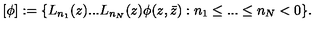
\lbrack \phi ] : = \{ L _ { n _ { 1 } } ( z ) . . . L _ { n _ { N } } ( z ) \phi ( z , \bar { z } ) : n _ { 1 } \leq . . . \leq n _ { N } < 0 \} .